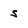
Character: s